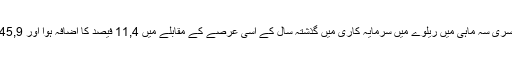
اس طرح ، سال کی دوسری سہ ماہی میں ریلوے میں سرمایہ کاری میں گذشتہ سال کے اسی عرصے کے مقابلے میں 11,4 فیصد کا اضافہ ہوا اور 245,9 ارب یوآن تک پہنچا۔